On the importance of larval characters in the classification of mosquitoes - Number 25
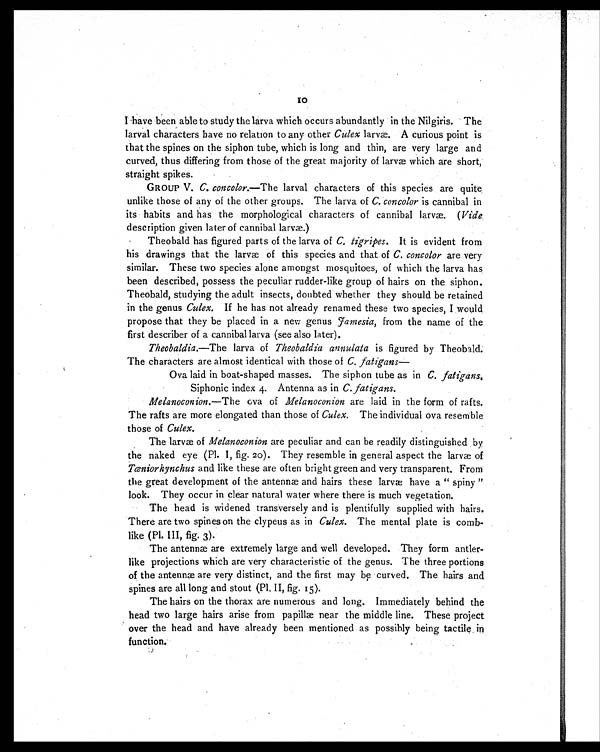
10
I have been able to study the larva which occurs abundantly in the Nilgiris. The
larval characters have no relation to any other Culex larvæ. A curious point is
that the spines on the siphon tube, which is long and thin, are very large and
curved, thus differing from those of the great majority of larvæ which are short,
straight spikes.
GROUP V. C. concolor.—The larval characters of this species are quite
unlike those of any of the other groups. The larva of C. concolor is cannibal in
its habits and has the morphological characters of cannibal larvæ. ( Vide
description given later of cannibal larvæ.)
Theobald has figured parts of the larva of C. tigripes. It is evident from
his drawings that the larvæ of this species and that of C. concolor are very
similar. These two species alone amongst mosquitoes, of which the larva has
been described, possess the peculiar rudder-like group of hairs on the siphon.
Theobald, studying the adult insects, doubted whether they should be retained
in the genus Culex. If he has not already renamed these two species, I would
propose that they be placed in a new genus Jamesia, from the name of the
first describer of a cannibal larva (see also later).
Theobaldia.—The larva of Theobaldia annulata is figured by Theobald.
The characters are almost identical with those of C. fatigans
—
Ova laid in boat-shaped masses. The siphon tube as in C. fatigans.
Siphonic index 4. Antenna as in C. fatigans.
Melanoconion. —The ova of Melanoconion are laid in the form of rafts.
The rafts are more elongated than those of Culex. The individual ova resemble
those of Culex.
The larvæ of Melanoconion are peculiar and can be readily distinguished by
the naked eye (Pl. I, fig. 20). They resemble in general aspect the larvæ of
Tæniorhynchus and like these are often bright green and very transparent. From
the great development of the antennæ and hairs these larvæ have a " spiny "
look. They occur in clear natural water where there is much vegetation.
The head is widened transversely and is plentifully supplied with hairs.
There are two spines on the clypeus as in Culex. The mental plate is comb-
like (Pl. III, fig. 3).
The antennæ are extremely large and well developed. They form antler-
like projections which are very characteristic of the genus. The three portions
of the antennæ are very distinct, and the first may be curved. The hairs and
spines are all long and stout (Pl. II, fig. 15).
The hairs on the thorax are numerous and long. Immediately behind the
head two large hairs arise from papillæ near the middle line. These project
over the head and have already been mentioned as possibly being tactile in
function.